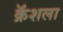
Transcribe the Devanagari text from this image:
क्रॅशला